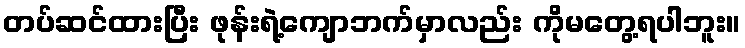
တပ်ဆင်ထားပြီး ဖုန်းရဲ့ကျောဘက်မှာလည်း ကိုမတွေ့ရပါဘူး။